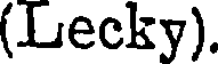
(Lecky).